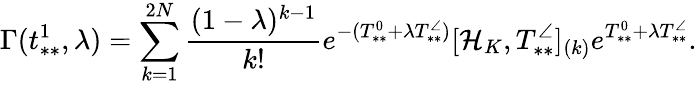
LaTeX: \Gamma(t_{**}^{1},\lambda)=\sum_{k=1}^{2N}\frac{(1-\lambda)^{k-1}}{k!}e^{-(T_{**}^{0}+\lambda T_{**}^{\angle})}[\mathcal{H}_{K},T_{**}^{\angle}]_{(k)}e^{T_{**}^{0}+\lambda T_{**}^{\angle}}.